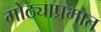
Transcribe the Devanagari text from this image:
मोठ्याप्रमात